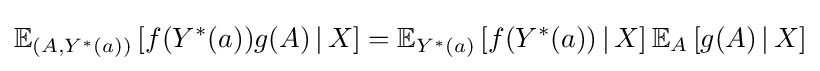
{\begin{aligned}\mathbb {E} _{(A,Y^{*}(a))}\left[f(Y^{*}(a))g(A)\,|\,X\right]=\mathbb {E} _{Y^{*}(a)}\left[f(Y^{*}(a))\,|\,X\right]\mathbb {E} _{A}\left[g(A)\,|\,X\right]\end{aligned}}